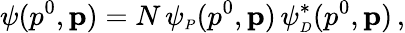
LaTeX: \psi(p^{0},{\mathbf p})=N\, \psi_{\scriptscriptstyle P}(p^{0},{\mathbf p})\, \psi_{\scriptscriptstyle D}^{*}(p^{0},{\mathbf p})\, ,